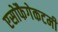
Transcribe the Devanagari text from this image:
एसोफैगेकटमी